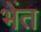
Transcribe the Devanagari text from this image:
भेंत